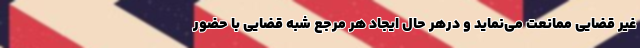
غیر قضایی ممانعت می‌نماید و درهر حال ایجاد هر مرجع شبه قضایی با حضور